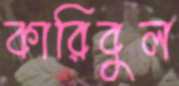
কারিবুল